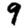
Digit: 9